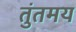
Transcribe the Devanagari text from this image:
तुंतमय